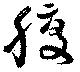
腹